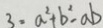
3 = a ^ { 2 } + b ^ { 2 } - a b